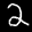
Label: 2